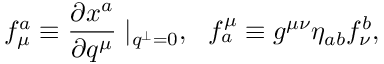
f _ { \mu } ^ { a } \equiv \frac { \partial x ^ { a } } { \partial q ^ { \mu } } \mid _ { q ^ { \perp } = 0 } , ~ ~ f _ { a } ^ { \mu } \equiv g ^ { \mu \nu } \eta _ { a b } f _ { \nu } ^ { b } ,